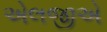
એલજીએ